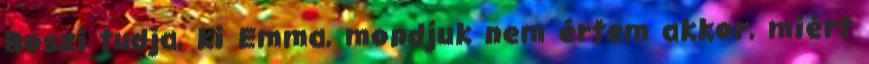
Boszi tudja, ki Emma, mondjuk nem értem akkor, miért